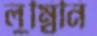
লুম্বিনি